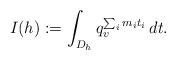
LaTeX: \begin{align*}I(h):= \int_{D_h} q_v^{\sum_i m_i t_i}\, dt.\end{align*}